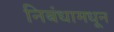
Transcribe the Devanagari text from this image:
निबंधामधून